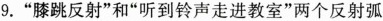
9.”膝跳反射”和”听到铃声走进教室”两个反射弧